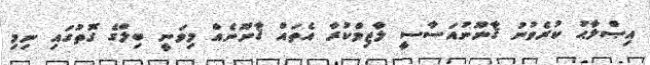
އިޞްލާޙު ކުރެވުނު ޤާނޫނުއަސާސީ ލާޒިމްކުރާ އެތައް ޤާނޫނެއް މިވަނީ ބިލްގެ ގޮތުގައި ނިމި